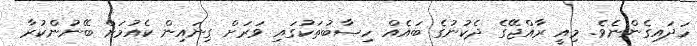
ހަދައިގެންނެވެ. މިއީ ރާއްޖޭގެ ދެކުނުގެ ބައެއް ހިސާބުތަކުގައި ވަރަށް ގިނައިން ކެއުމަށް ބޭނުންކުރާ